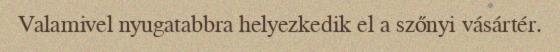
Valamivel nyugatabbra helyezkedik el a szőnyi vásártér.